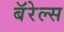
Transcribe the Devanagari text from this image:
बॅरेल्स